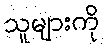
သူများကို